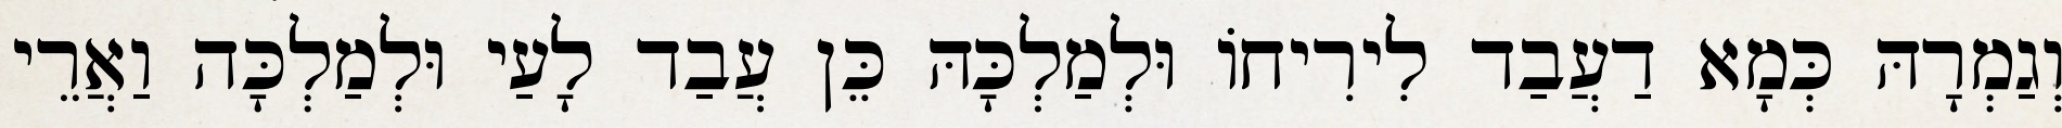
וְגַמְרָהּ כְּמָא דַעֲבַד לִירִיחוֹ וּלְמַלְכָּהּ כֵּן עֲבַד לָעַי וּלְמַלְכָּה וַאֲרֵי